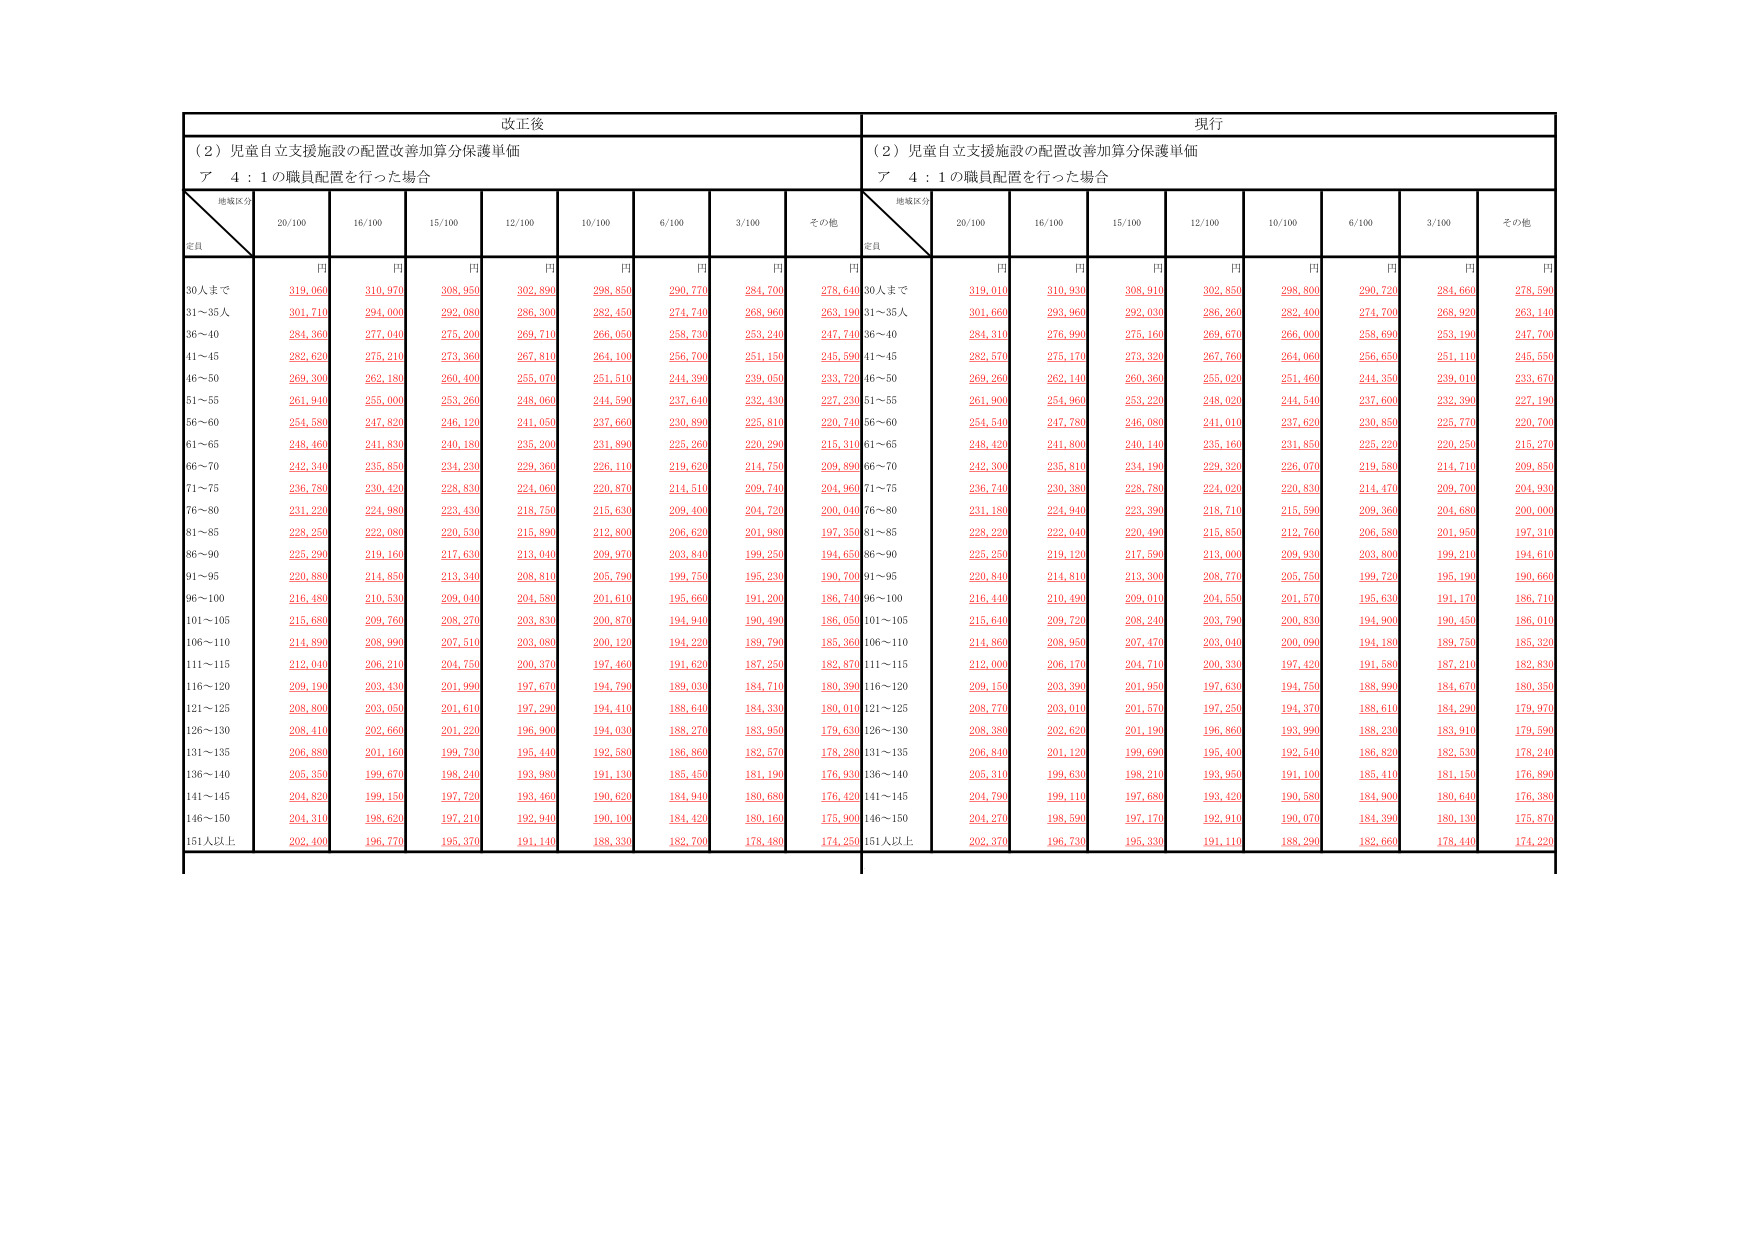
改正後
（２）児童自立支援施設の配置改善加算分保護単価
ア ４：１の職員配置を行った場合
地域区分
定員
20/100
16/100
15/100
12/100
10/100
6/100
3/100
その他
円
円
円
円
円
円
円
円
30人まで
319,060
310,970
308,950
302,890
298,850
290,770
284,700
278,640
31～35人
301,710
294,000
292,080
286,300
282,450
274,740
268,960
263,190
36～40
284,360
277,040
275,200
269,710
266,050
258,730
253,240
247,740
41～45
282,620
275,210
273,360
267,810
264,100
256,700
251,150
245,590
46～50
269,300
262,180
260,400
255,070
251,510
244,390
239,050
233,720
51～55
261,940
255,000
253,260
248,060
244,590
237,640
232,430
227,230
56～60
254,580
247,820
246,120
241,050
237,660
230,890
225,810
220,740
61～65
248,460
241,830
240,180
235,200
231,890
225,260
220,290
215,310
66～70
242,340
235,850
234,230
229,360
226,110
219,620
214,750
209,890
71～75
236,780
230,420
228,830
224,060
220,870
214,510
209,740
204,960
76～80
231,220
224,980
223,430
218,750
215,630
209,400
204,720
200,040
81～85
228,250
222,080
220,530
215,890
212,800
206,620
201,980
197,350
86～90
225,290
219,160
217,630
213,040
209,970
203,840
199,250
194,650
91～95
220,880
214,850
213,340
208,810
205,790
199,750
195,230
190,700
96～100
216,480
210,530
209,040
204,580
201,610
195,660
191,200
186,740
101～105
215,680
209,760
208,270
203,830
200,870
194,940
190,490
186,050
106～110
214,890
208,990
207,510
203,080
200,120
194,220
189,790
185,360
111～115
212,040
206,210
204,750
200,370
197,460
191,620
187,250
182,870
116～120
209,190
203,430
201,990
197,670
194,790
189,030
184,710
180,390
121～125
208,800
203,050
201,610
197,290
194,410
188,640
184,330
180,010
126～130
208,410
202,660
201,220
196,900
194,030
188,270
183,950
179,630
131～135
206,880
201,160
199,730
195,440
192,580
186,860
182,570
178,280
136～140
205,350
199,670
198,240
193,980
191,130
185,450
181,190
176,930
141～145
204,820
199,150
197,720
193,460
190,620
184,940
180,680
176,420
146～150
204,310
198,620
197,210
192,940
190,100
184,420
180,160
175,900
151人以上
202,400
196,770
195,370
191,140
188,330
182,700
178,480
174,250

現行
（２）児童自立支援施設の配置改善加算分保護単価
ア ４：１の職員配置を行った場合
地域区分
定員
20/100
16/100
15/100
12/100
10/100
6/100
3/100
その他
円
円
円
円
円
円
円
円
30人まで
319,010
310,930
308,910
302,850
298,800
290,720
284,660
278,590
31～35人
301,660
293,960
292,030
286,260
282,400
274,700
268,920
263,140
36～40
284,310
276,990
275,160
269,670
266,000
258,690
253,190
247,700
41～45
282,570
275,170
273,320
267,760
264,060
256,650
251,110
245,550
46～50
269,260
262,140
260,360
255,020
251,460
244,350
239,010
233,670
51～55
261,900
254,960
253,220
248,020
244,540
237,600
232,390
227,190
56～60
254,540
247,780
246,080
241,010
237,620
230,850
225,770
220,700
61～65
248,420
241,800
240,140
235,160
231,850
225,220
220,250
215,270
66～70
242,300
235,810
234,190
229,320
226,070
219,580
214,710
209,850
71～75
236,740
230,380
228,780
224,020
220,830
214,470
209,700
204,930
76～80
231,180
224,940
223,390
218,710
215,590
209,360
204,680
200,000
81～85
228,220
222,040
220,490
215,850
212,760
206,580
201,950
197,310
86～90
225,250
219,120
217,590
213,000
209,930
203,800
199,210
194,610
91～95
220,840
214,810
213,300
208,770
205,750
199,720
195,190
190,660
96～100
216,440
210,490
209,010
204,550
201,570
195,630
191,170
186,710
101～105
215,640
209,720
208,240
203,790
200,830
194,900
190,450
186,010
106～110
214,860
208,950
207,470
203,040
200,090
194,180
189,750
185,320
111～115
212,000
206,170
204,710
200,330
197,420
191,580
187,210
182,830
116～120
209,150
203,390
201,950
197,630
194,750
188,990
184,670
180,350
121～125
208,770
203,010
201,570
197,250
194,370
188,610
184,290
179,970
126～130
208,380
202,620
201,190
196,860
193,990
188,230
183,910
179,590
131～135
206,840
201,120
199,690
195,400
192,540
186,820
182,530
178,240
136～140
205,310
199,630
198,210
193,950
191,100
185,410
181,150
176,890
141～145
204,790
199,110
197,680
193,420
190,580
184,900
180,640
176,380
146～150
204,270
198,590
197,170
192,910
190,070
184,390
180,130
175,870
151人以上
202,370
196,730
195,330
191,110
188,290
182,660
178,440
174,220